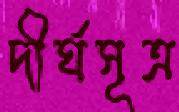
দীর্ঘসূত্র